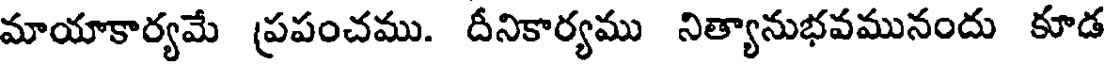
మాయాకార్యమే ప్రపంచము. దీనికార్యము నిత్యానుభవమునందు కూడ